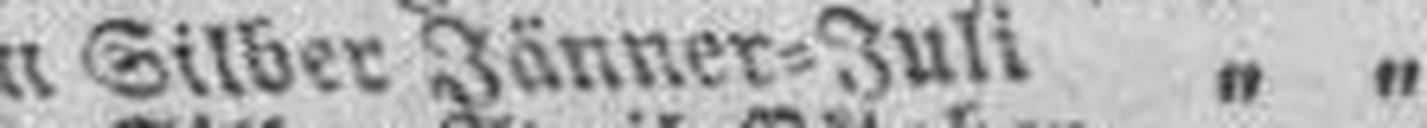
in Silber Jänner=Juli „ „